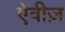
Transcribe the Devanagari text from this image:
ऐवीज़